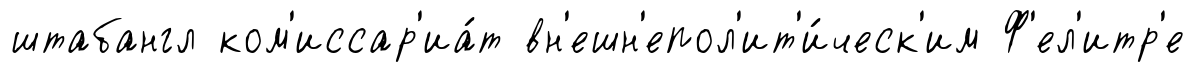
штабангл ком'иссар'иа́т вн'ешн'епол'ит'и́ческ'им Ф'ел'итр'е